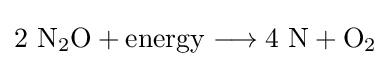
\mathrm {2\ N_{2}O+energy\longrightarrow 4\ N+O_{2}}